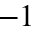
^ { - 1 }